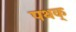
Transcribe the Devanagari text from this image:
पथक्